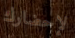
لإحضارك